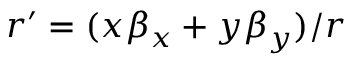
r ^ { \prime } = ( x \beta _ { x } + y \beta _ { y } ) / r